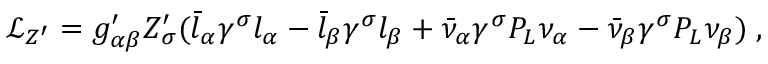
\mathscr { L } _ { Z ^ { \prime } } = g _ { \alpha \beta } ^ { \prime } Z _ { \sigma } ^ { \prime } ( \bar { l } _ { \alpha } \gamma ^ { \sigma } l _ { \alpha } - \bar { l } _ { \beta } \gamma ^ { \sigma } l _ { \beta } + \bar { \nu } _ { \alpha } \gamma ^ { \sigma } P _ { L } \nu _ { \alpha } - \bar { \nu } _ { \beta } \gamma ^ { \sigma } P _ { L } \nu _ { \beta } ) \; ,